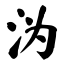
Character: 沩